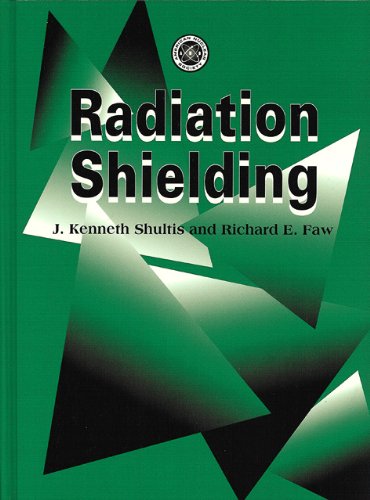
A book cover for Radiation Shielding; J. Kenneth Shultis; Science & Math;